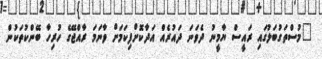
"މުސްތަގުބަލުގައި ރައީސް ޔާމީނު ދެވަނަ ދައުރެއް އަދާކޮށްފިކަމަށް ވާނަމަ ރާއްޖޭގެ ހުރިހާ ބޭންކުތަކުން